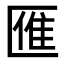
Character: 𠥔